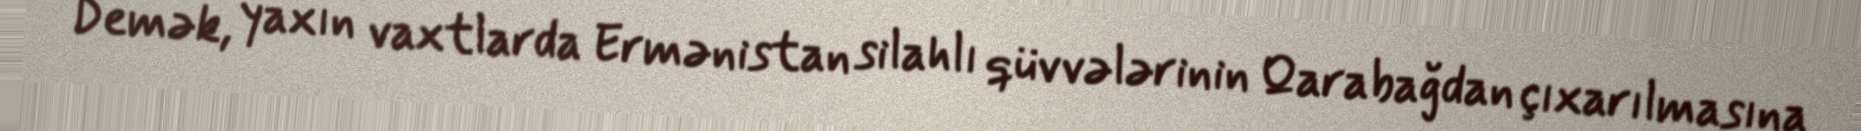
Demək, yaxın vaxtlarda Ermənistan silahlı qüvvələrinin Qarabağdan çıxarılmasına